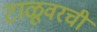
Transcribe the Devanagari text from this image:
टाळूवरची